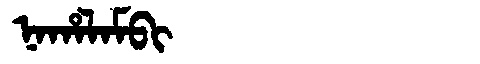
Manchu: ᠨᠠᡥᠠᠯᠠᠮᠪᡳ
Romanization: NAHALAMBI